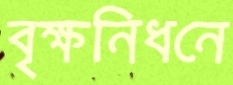
বৃক্ষনিধনে